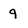
Character: 9